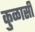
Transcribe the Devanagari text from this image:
कुळासी